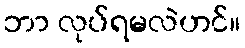
ဘာ လုပ်ရမလဲဟင်။